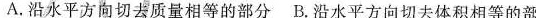
A.沿水平方向切去质量相等的部分B.沿水平方向切去体积相等的部分